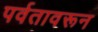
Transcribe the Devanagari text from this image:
पर्वतावरून